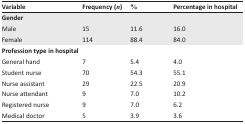
<table><thead><tr><td><b>Variable</b></td><td><b>Frequency (<i>n</i>)</b></td><td><b>%</b></td><td><b>Percentage in hospital</b></td></tr></thead><tbody><tr><td colspan="3"><b>Gender</b></td></tr><tr><td>Male</td><td>15</td><td>11.6</td><td>16.0</td></tr><tr><td>Female</td><td>114</td><td>88.4</td><td>84.0</td></tr><tr><td colspan="3"><b>Profession type in hospital</b></td></tr><tr><td>General hand</td><td>7</td><td>5.4</td><td>4.0</td></tr><tr><td>Student nurse</td><td>70</td><td>54.3</td><td>55.1</td></tr><tr><td>Nurse assistant</td><td>29</td><td>22.5</td><td>20.9</td></tr><tr><td>Nurse attendant</td><td>9</td><td>7.0</td><td>10.2</td></tr><tr><td>Registered nurse</td><td>9</td><td>7.0</td><td>6.2</td></tr><tr><td>Medical doctor</td><td>5</td><td>3.9</td><td>3.6</td></tr></tbody></table>